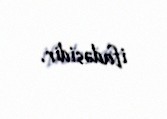
ifadəsidir.